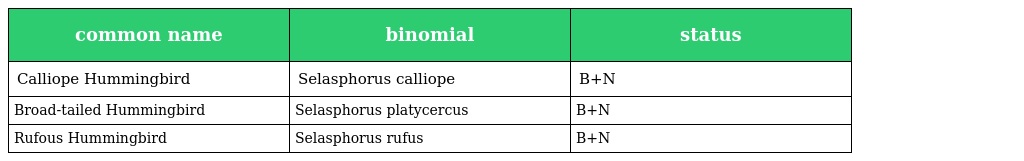
| common name | binomial | status |
 | --- | --- | --- |
 | Calliope Hummingbird | Selasphorus calliope | B+N |
 | Broad-tailed Hummingbird | Selasphorus platycercus | B+N |
 | Rufous Hummingbird | Selasphorus rufus | B+N |